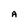
Character: A